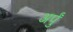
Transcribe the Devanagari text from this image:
अर्पुं